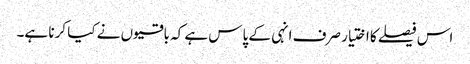
اس فیصلے کا اختیار صرف انہی کے پاس ہے کہ باقیوں نے کیا کرنا ہے۔